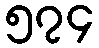
၅၇၄